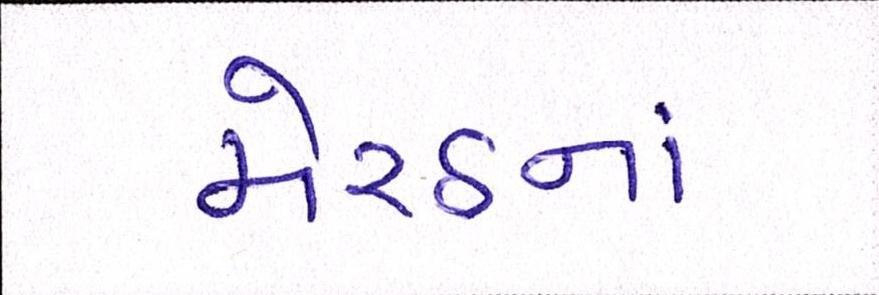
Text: મેરઠનાં